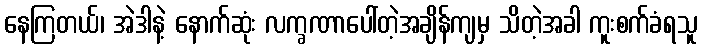
နေကြတယ်၊ အဲဒါနဲ့ နောက်ဆုံး လက္ခဏာပေါ်တဲ့အချိန်ကျမှ သိတဲ့အခါ ကူးစက်ခံရသူ